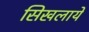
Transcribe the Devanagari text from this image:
सिखलायें